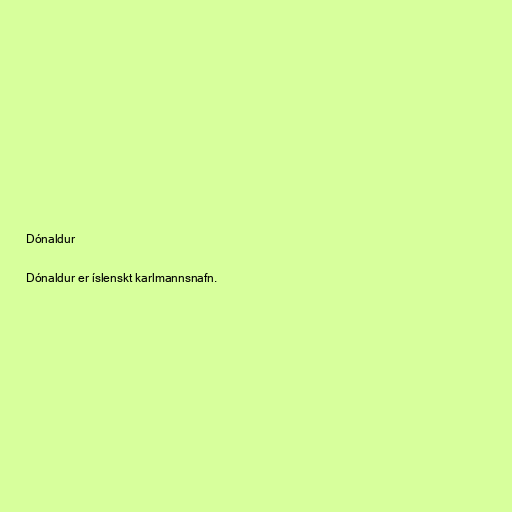
Dónaldur

Dónaldur er íslenskt karlmannsnafn.